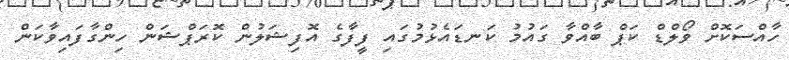
ހާއްސަކޮށް ވޯލްޑް ކަޕް ބާއްވާ ގައުމު ކަނޑައެޅުމުގައި ފީފާގެ އޮފިޝަލުން ކޮރަޕްޝަން ހިންގާފައިވާކަން